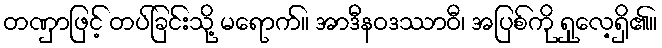
တဏှာဖြင့် တပ်ခြင်းသို့ မရောက်။ အာဒီနဝဒဿာဝီ၊ အပြစ်ကို ရှုလေ့ရှိ၏။